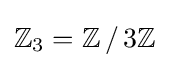
\mathbb {Z} _{3}=\mathbb {Z} \,/\,3\mathbb {Z}